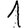
Digit: 1